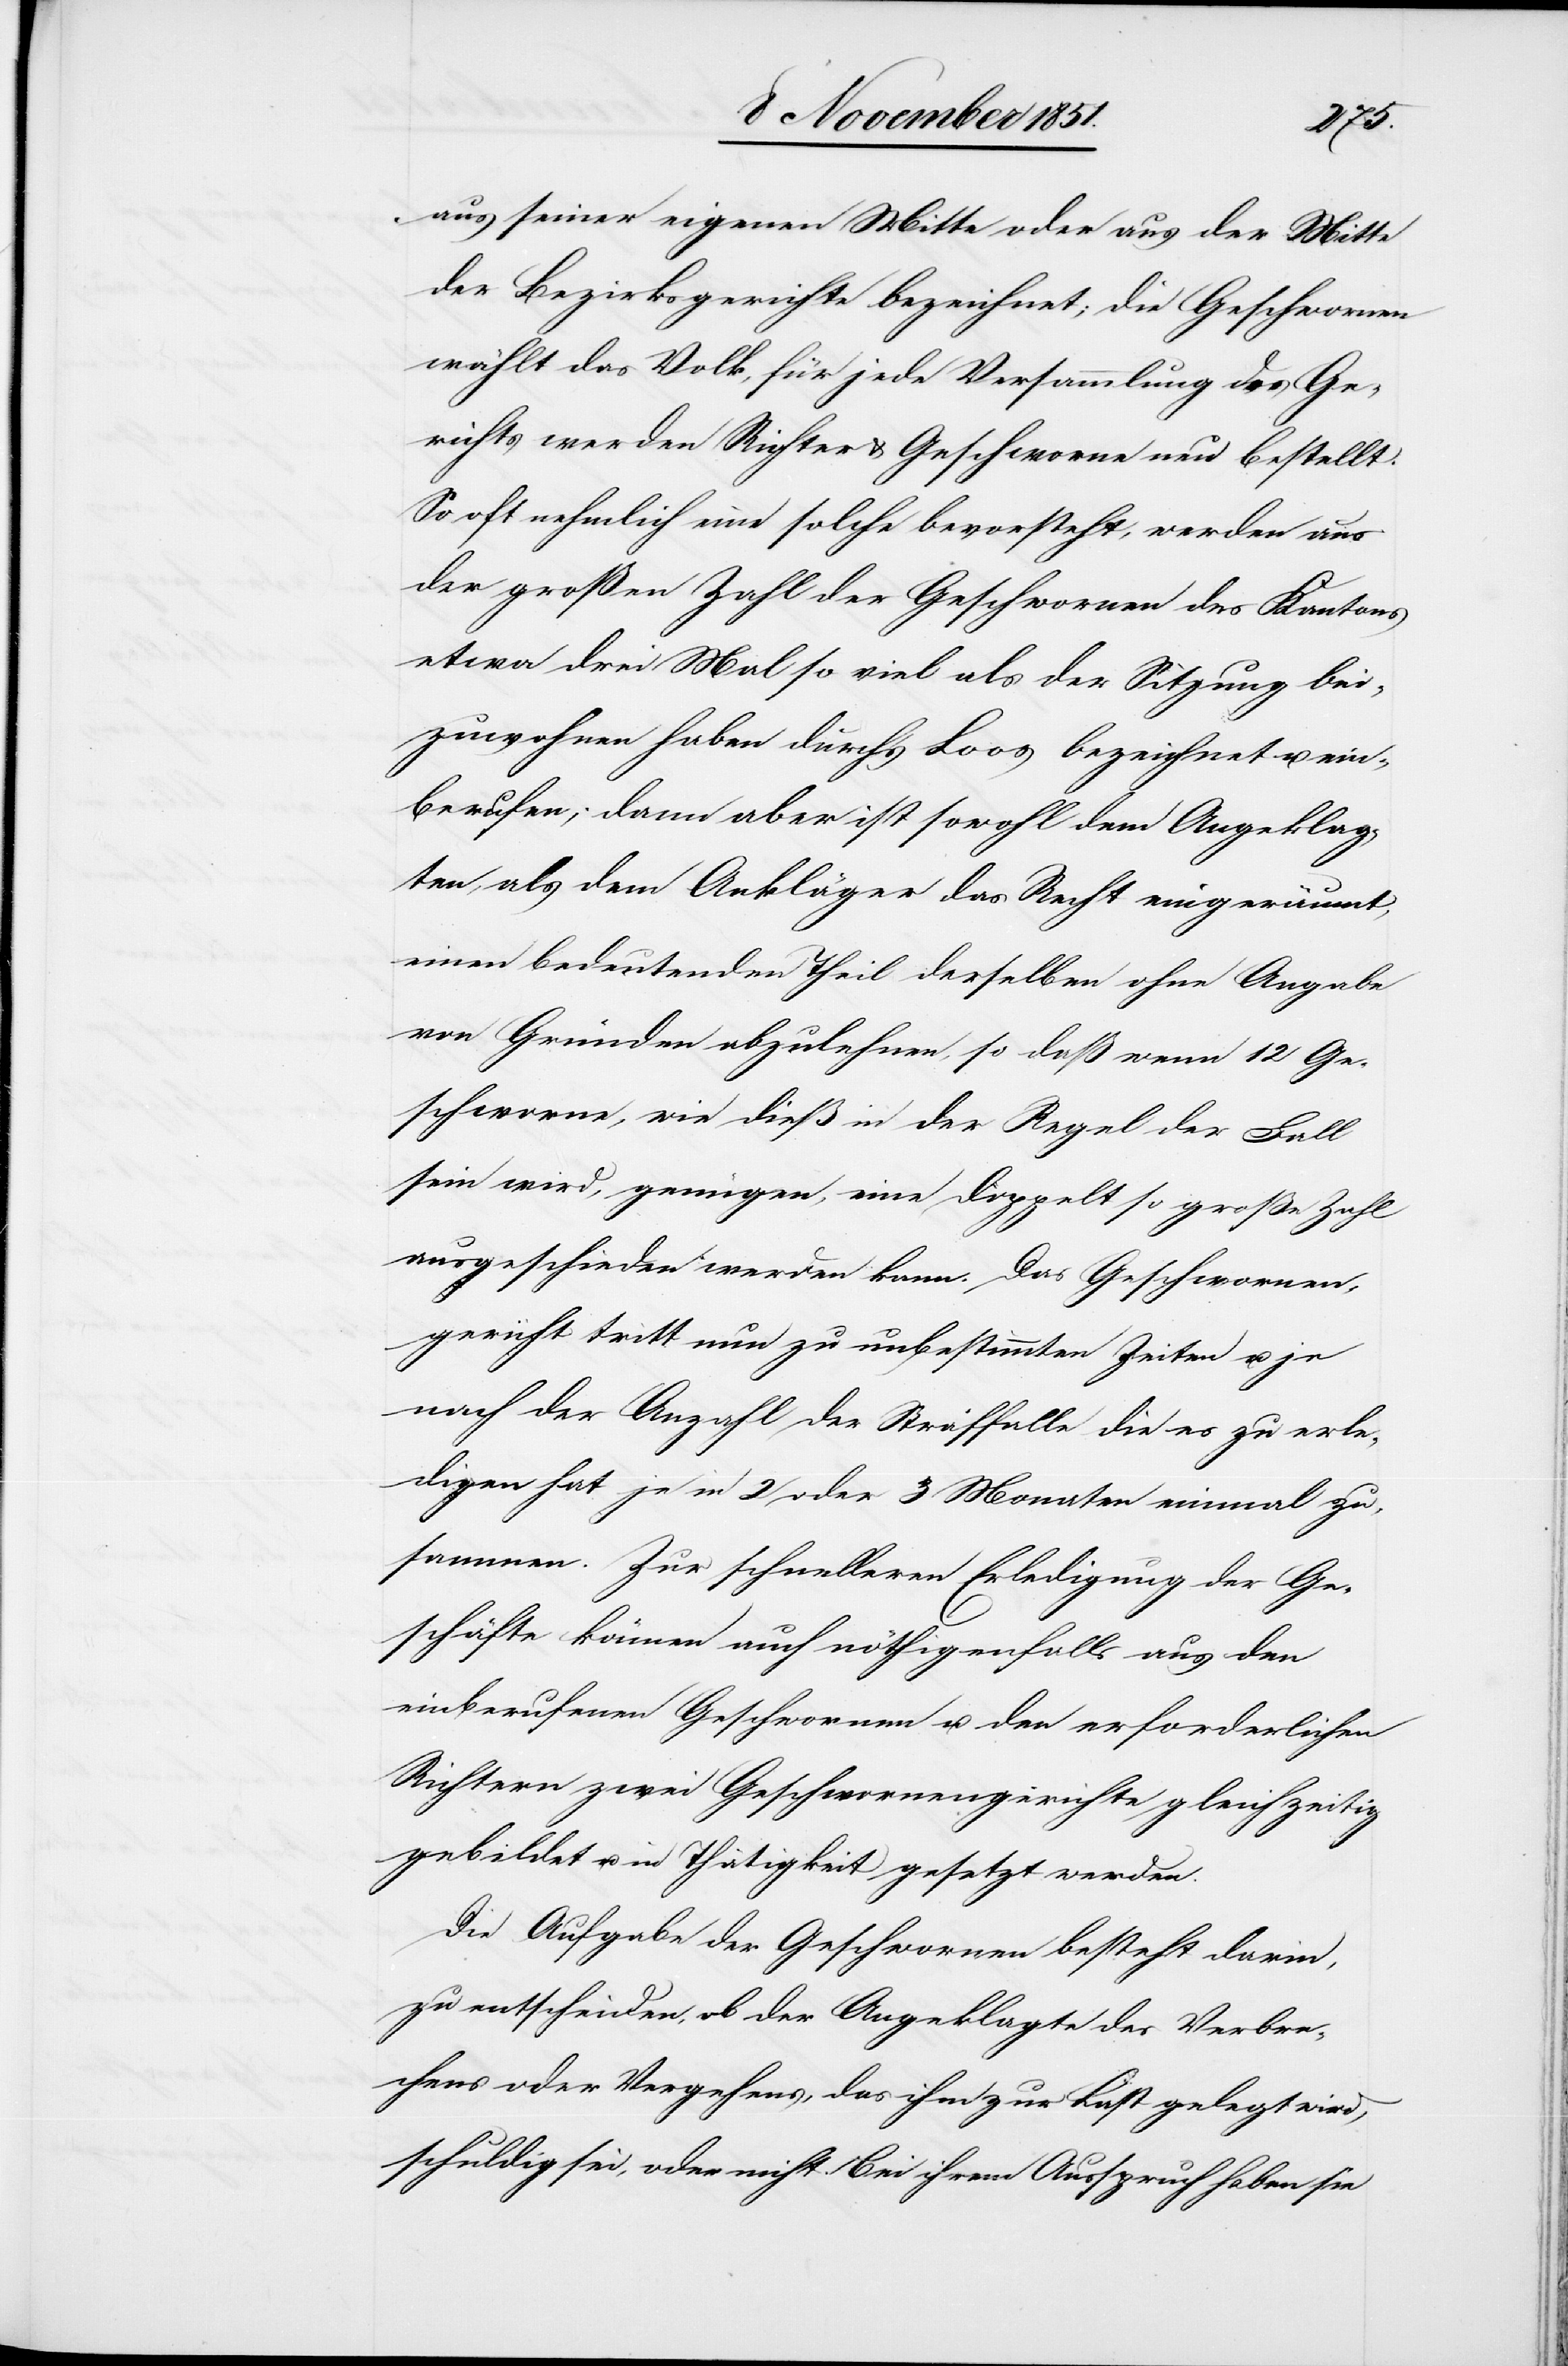
aus seiner eigenen Mitte oder aus der Mitte
der Bezirksgerichte bezeichnet; die Geschwornen
wählt das Volk, für jede Versammlung des Ge¬
richts werden Richter & Geschworne neu bestellt.
So oft nehmlich [sic!] eine solche bevorsteht, werden aus
der großen Zahl der Geschwornen des Kantons
etwa drei Mal so viel als der Sitzung bei¬
zuwohnen haben durch’s Loos bezeichnet u. ein¬
berufen; dann aber ist sowohl dem Angeklag¬
ten, als dem Ankläger das Recht eingeräumt,
einen bedeutenden Theil derselben ohne Angabe
von Gründen abzulehnen, so daß wenn 12 Ge¬
schworne, wie dieß in der Regel der Fall
sein wird, genügen, eine doppelt so große Zahl
ausgeschieden werden kann. Das Geschwornen¬
gericht tritt nun zu unbestimmten Zeiten u. je
nach der Anzahl der Straffalle [sic!] die es zu erle¬
digen hat je in 2 oder 3 Monaten einmal zu¬
sammen. Zur schnelleren Erledigung der Ge¬
schäfte können auch nöthigenfalls aus den
einberufenen Geschwornen u. der erforderlichen
Richtern zwei Geschwornengerichte gleichzeitig
gebildet u. in Thätigkeit gesetzt werden.
Die Aufgabe der Geschwornen besteht darin,
zu entscheiden, ob der Angeklagte des Verbre¬
chens oder Vergehens, das ihm zur Last gelegt wird,
schuldig sei, oder nicht. Bei ihrem Ausspruch haben sie